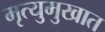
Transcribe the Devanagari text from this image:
मृत्युमुखात